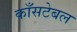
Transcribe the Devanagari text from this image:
काँसटेबल